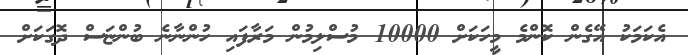
އެކަމަކު އޭގެން ކޮންމެ މީހަކަށް 10000 މުސްލިމުން މަރާފައި ހުންނާނެ ބުންޏަސް ދޮގަކަށް